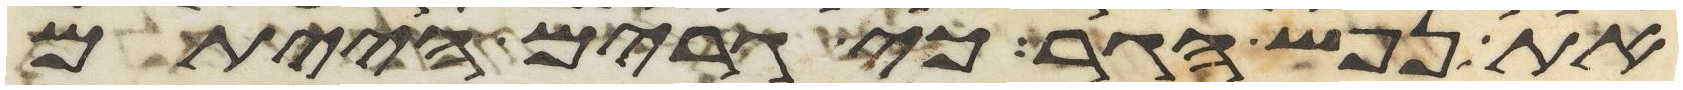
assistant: את נפש הגר כי גרים הייתם